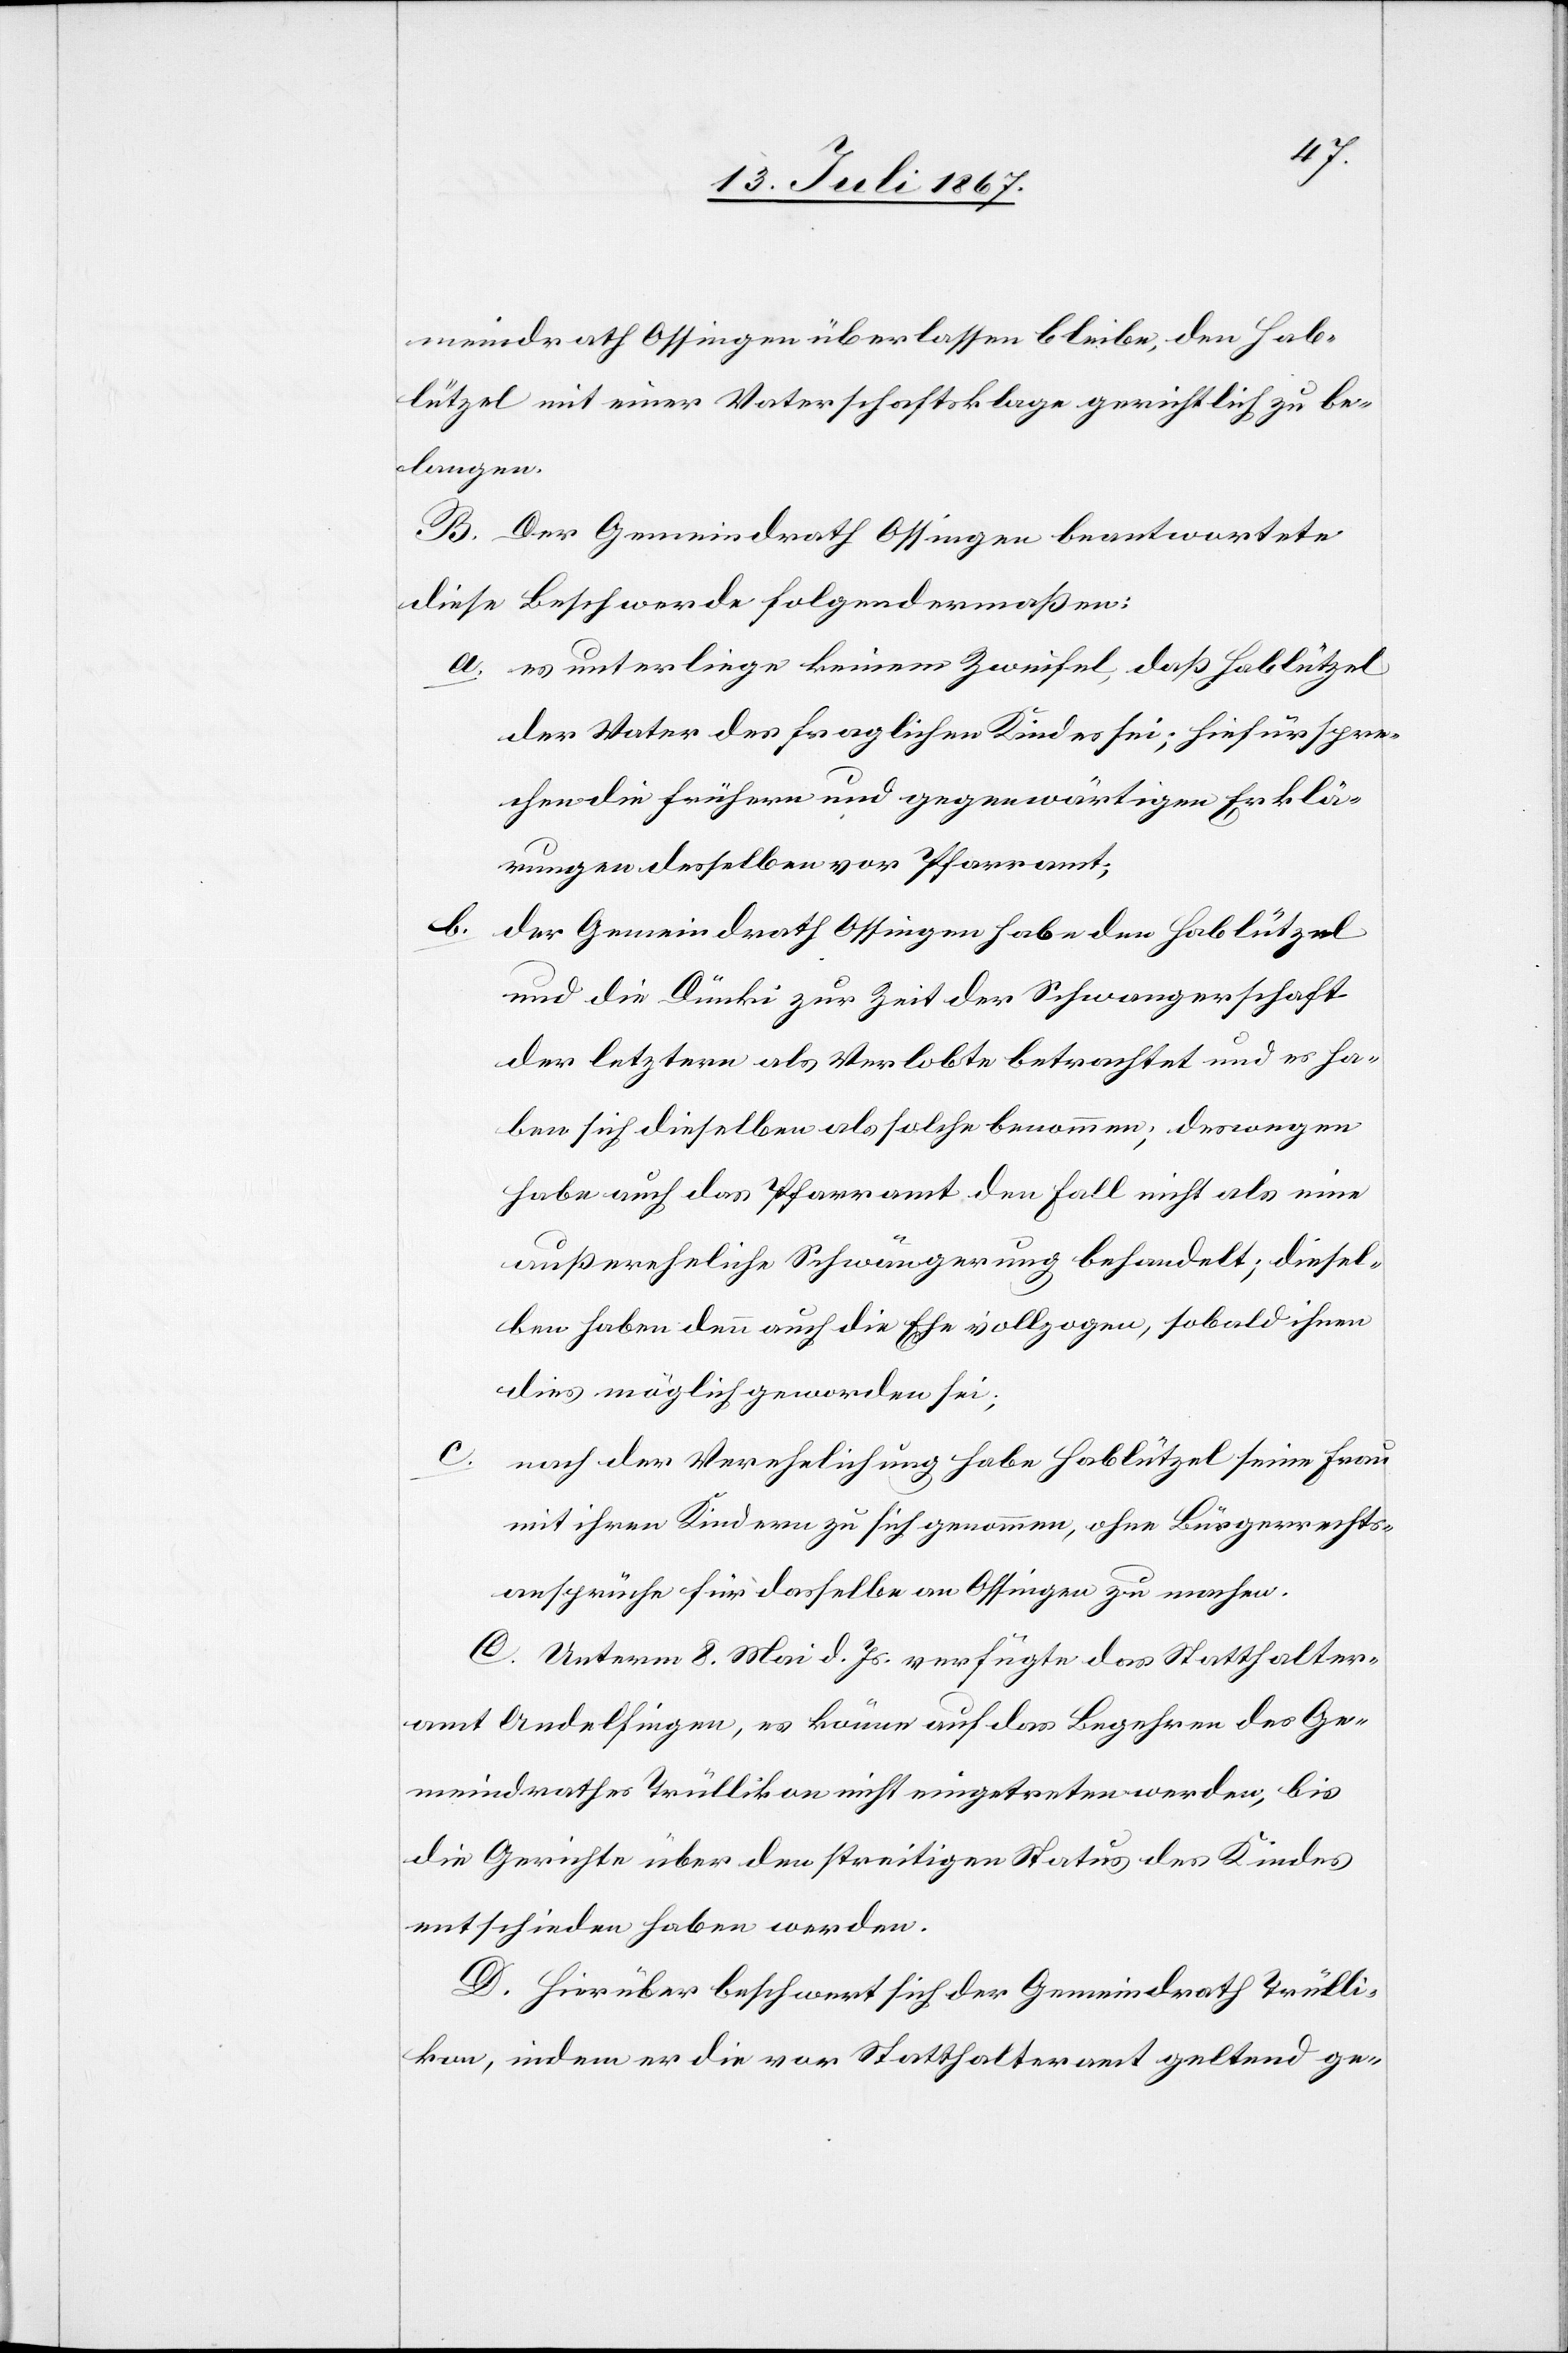
meindrath Ossingen überlassen bleibe, den Hab¬
lützel mit einer Vaterschaftsklage gerichtlich zu be¬
langen.
B. Der Gemeindrath Ossingen beantwortete
diese Beschwerde folgendermaßen:
a. es unterliege keinem Zweifel, daß Hablützel
der Vater des fraglichen Kindes sei; hiefür spre¬
chen die frühern und gegenwärtigen Erklä¬
rungen desselben vor Pfarramt;
b. der Gemeindrath Ossingen habe den Hablützel
und die Dünki zur Zeit der Schwangerschaft
der letztern als Verlobte betrachtet und es ha¬
ben sich dieselben als solche benommen; deswegen
habe auch das Pfarramt den Fall nicht als eine
außereheliche Schwängerung behandelt; diesel¬
ben haben denn auch die Ehe vollzogen, sobald ihnen
dies möglich geworden sei;
c.
nach der Verehelichung habe Hablützel seine Frau
mit ihren Kindern zu sich genommen, ohne Bürgerrechts¬
ansprüche für dasselbe an Ossingen zu machen.
C. Unterm 8. Mai d. Js. verfügte das Statthalter¬
amt Andelfingen, es könne auf das Begehren des Ge¬
meindrathes Trüllikon nicht eingetreten werden, bis
die Gerichte über den streitigen Status des Kindes
entschieden haben werden.
D. Hierüber beschwert sich der Gemeindrath Trülli¬
kon, indem er die vor Statthalteramt geltend ge-